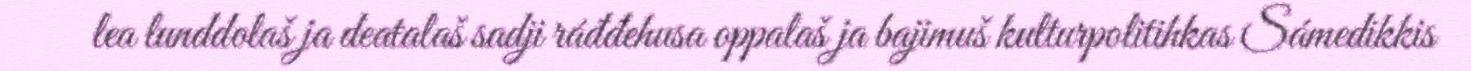
lea lunddolaš ja deaŧalaš sadji ráđđehusa oppalaš ja bajimuš kulturpolitihkas Sámedikkis